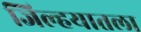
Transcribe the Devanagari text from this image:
जिल्हयातला